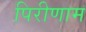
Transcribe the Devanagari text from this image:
पिरीणाम